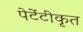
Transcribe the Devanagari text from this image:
पेटेंटीकृत